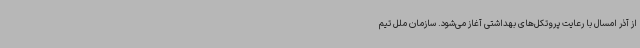
از آذر امسال با رعایت پروتکل‌های بهداشتی آغاز می‌شود. سازمان ملل تیم